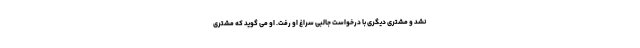
نشد و مشتری دیگری با درخواست جالبی سراغ او رفت. او می گوید که مشتری